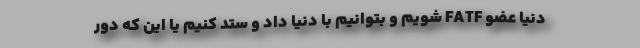
دنیا عضو FATF شویم و بتوانیم با دنیا داد و ستد کنیم یا این که دور